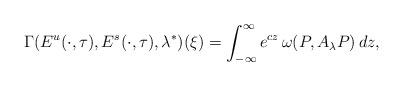
LaTeX: \begin{align*}\Gamma(E^u(\cdot,\tau),E^s(\cdot,\tau),\lambda^*)(\xi)=\int_{-\infty}^{\infty}e^{cz}\,\omega(P,A_\lambda P)\,dz,\end{align*}